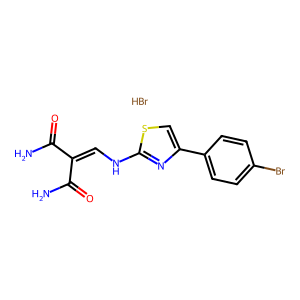
SMILES: Br.NC(=O)C(=CNc1nc(-c2ccc(Br)cc2)cs1)C(N)=O
Inhibits HIV replication: No